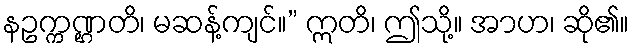
နဥက္ကဏ္ဌတိ၊ မဆန့်ကျင်။” ဣတိ၊ ဤသို့။ အာဟ၊ ဆို၏။